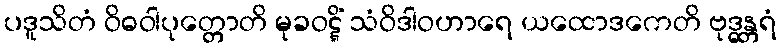
ပဒူသိတံ ဝိဓဝါပုတ္တောတိ မုခဝဋ္ဋိံ သံဝိဒါဝဟာရေ ယထောဒကေတိ ဗုဒ္ဓန္တရံ